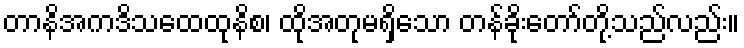
တာနိအကဒိသထေထုနိစ၊ ထိုအတုမရှိသော တန်ခိုးတော်တို့သည်လည်း။